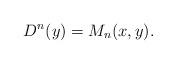
LaTeX: \begin{align*} D^n(y) = M_n(x,y).\end{align*}